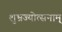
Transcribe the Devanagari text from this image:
शुभ्रज्योत्सनाम्